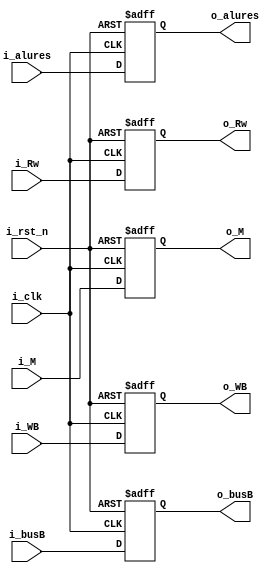
module execute_memory (i_clk, i_rst_n, i_alures, i_busB,
                       i_Rw, i_M, i_WB,
                       o_alures, o_busB, o_Rw,
                       o_M, o_WB);
  
  input wire         i_clk, i_rst_n;
  input wire  [31:0] i_alures;
  input wire  [31:0] i_busB;
  input wire  [ 4:0] i_Rw;
  input wire  [ 1:0] i_M;
  input wire         i_WB;
  
  output reg  [31:0] o_alures;
  output reg  [31:0] o_busB;
  output reg  [ 4:0] o_Rw;
  output reg  [ 1:0] o_M;
  output reg         o_WB;
  
  always @(posedge i_clk or negedge i_rst_n) begin
    if(!i_rst_n) begin
      o_alures <= 0;
      o_busB   <= 0;
      o_Rw     <= 0;
      o_M      <= 0;
      o_WB     <= 0;
    end
    else begin
      o_alures <= i_alures;
      o_busB   <= i_busB;
      o_Rw     <= i_Rw;
      o_M      <= i_M;
      o_WB     <= i_WB;      
    end
  end 
endmodule